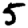
Digit: 5